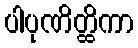
ပါပုဏိတ္ထိကာ